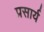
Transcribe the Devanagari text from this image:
प्रसार्य